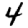
Digit: 4